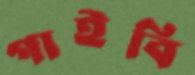
গাইবি